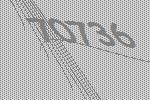
70736